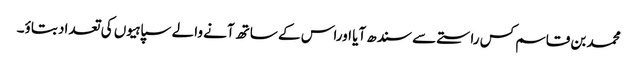
محمد بن قاسم کس راستے سے سندھ آیا اوراس کے ساتھ آنے والے سپاہیوں کی تعداد بتاؤ۔